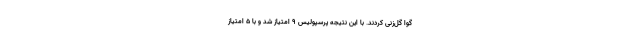
گوا گل‌زنی کردند. با این نتیجه پرسپولیس ۹ امتیاز شد و با ۵ امتیاز